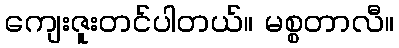
ကျေးဇူးတင်ပါတယ်။ မစ္စတာလီ။